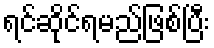
ရင်ဆိုင်ရမည်ဖြစ်ပြီး